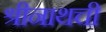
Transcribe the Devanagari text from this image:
श्रीनाथची